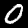
Digit: 0